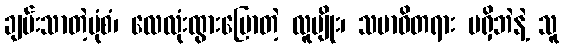
ချမ်းသာတဲ့ပုံစံ၊ လေလုံးထွားပြောတဲ့ လူမျိုး၊ သမာဓိတရား မရှိဘဲနဲ့ သူ